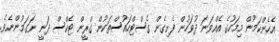
އެހެންކަމުން މިމަހުގެ އެއްވަނަ ދުވަހުން ފެށިގެން ގެސްޓްހައުސްތަކުން ގްރީން ޓެކްސް ދަނީ ނަގަމުންނެވެ.